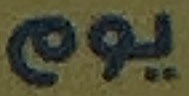
یوم